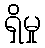
ရှိမှု